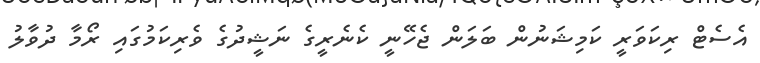
އެސެޓް ރިކަވަރީ ކަމިޝަނުން ބަލަން ޖެހޭނީ ކެނެރީގެ ނަޝީދުގެ ވެރިކަމުގައި ރޯމާ ދުވާލު